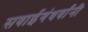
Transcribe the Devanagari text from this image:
सवाईगंधर्वांनी